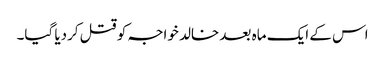
اس کے ایک ماہ بعد خالد خواجہ کو قتل کردیا گیا۔